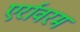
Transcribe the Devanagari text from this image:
एर्रावरम